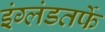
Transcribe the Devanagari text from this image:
इंग्लंडतर्फे